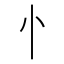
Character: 忄